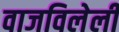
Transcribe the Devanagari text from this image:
वाजविलेली